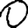
Digit: 0